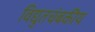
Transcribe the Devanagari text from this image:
विद्युतचंबकीय